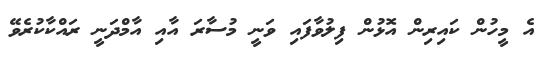
އެ މީހުން ކައިރިން އޮޅުން ފިލުވާފައި ވަނީ މުސާރަ އާއި އާމްދަނީ ރައްކާކުރެވޭ